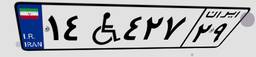
۱۴W۴۲۷۲۹